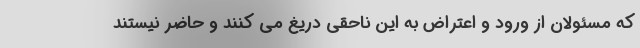
که مسئولان از ورود و اعتراض به این ناحقی دریغ می کنند و حاضر نیستند